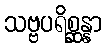
သဗ္ဗပရိစ္ဆန္နာ